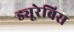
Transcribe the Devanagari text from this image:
ड्यूरेबिस